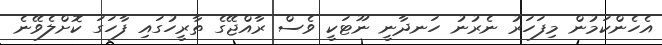
އެހެންކަމުން މިފަހަރު ނެރުނު ހަނދާނީ ނޫޓަކީ ވެސް ރާއްޖޭގެ ތާރީހުގައި ފާހަގަ ކޮށްލެވޭނެ